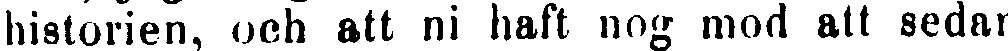
historien, och att ni haft nog mod att sedan